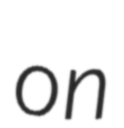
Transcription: on